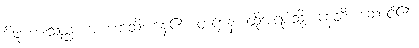
မိဖုယားသည်။ အဟောသိ၊ နေ၏။ တံဌာနံ၊ ထိုအရပ်သို့။ နေတိ၊ ဆောင်၏။